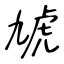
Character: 虓